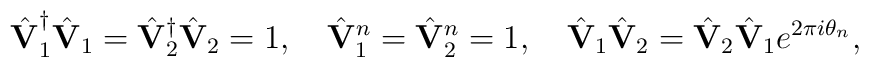
\hat{\bf V}_1^\dagger \hat{\bf V}_1 = \hat{\bf V}_2^\dagger \hat{\bf V}_2= 1, \quad \hat{\bf V}_1^n = \hat{\bf V}_2^n = 1, \quad \hat{\bf V}_1\hat{\bf V}_2 = \hat{\bf V}_2 \hat{\bf V}_1 e^{2\pi i\theta_n},